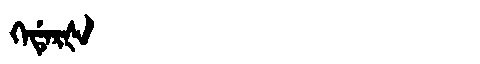
Manchu: ᡴᡝᡩᡝᡵᡧ
Romanization: KEDERŠ